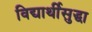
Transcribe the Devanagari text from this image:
विद्यार्थीसुद्धा